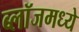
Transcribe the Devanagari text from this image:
ब्लॉजमध्ये